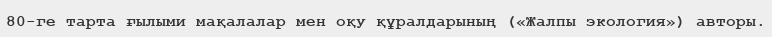
80-ге тарта ғылыми мақалалар мен оқу құралдарының («Жалпы экология») авторы.